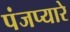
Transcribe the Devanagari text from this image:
पंजप्यारे